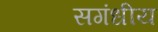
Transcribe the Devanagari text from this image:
सगंधीय